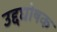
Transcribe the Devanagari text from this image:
उद्दघोषक